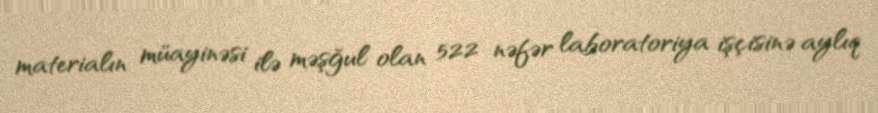
materialın müayinəsi ilə məşğul olan 522 nəfər laboratoriya işçisinə aylıq